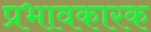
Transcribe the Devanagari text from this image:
प्रभावकारक